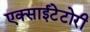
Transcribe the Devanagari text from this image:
एक्साईटेटोरी